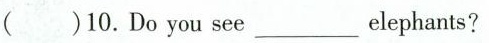
()10. Do you see __ elephants?